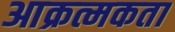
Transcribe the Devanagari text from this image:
आक्रत्मकता